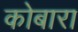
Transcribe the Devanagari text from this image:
कोबारा